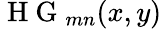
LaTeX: \mathrm{~H~G~}_{mn}(x,y)